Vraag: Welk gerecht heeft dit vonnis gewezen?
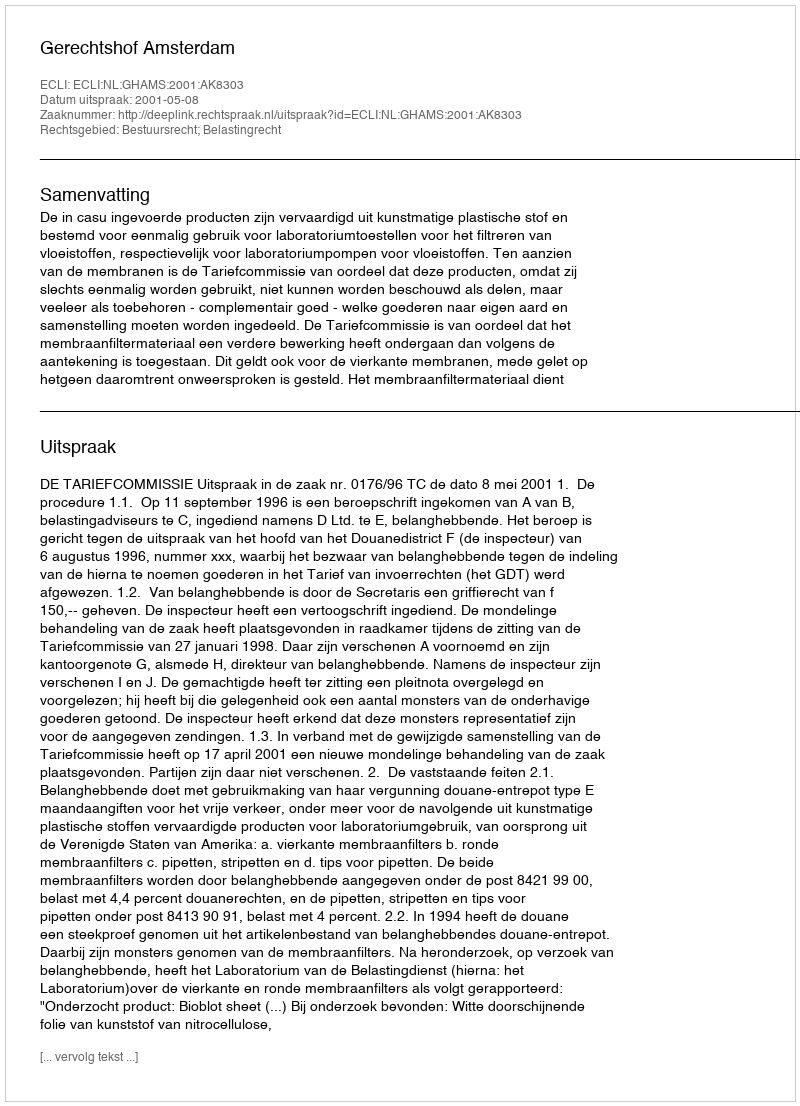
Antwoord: Gerechtshof Amsterdam